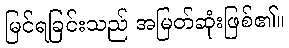
မြင်ရခြင်းသည် အမြတ်ဆုံးဖြစ်၏။